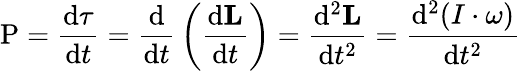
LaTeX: \mathbf{\mathrm{P}}={\frac{\mathrm{d}\mathbf{\tau}}{\mathrm{d}t}}={\frac{\mathrm{d}}{\mathrm{d}t}}\left({\frac{\mathrm{d}\mathbf{L}}{\mathrm{d}t}}\right)={\frac{\mathrm{d}^{2}\mathbf{L}}{\mathrm{d}t^{2}}}={\frac{\mathrm{d}^{2}(I\cdot\mathbf{\omega})}{\mathrm{d}t^{2}}}